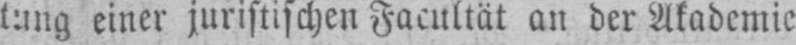
tung einer juristischen Facultät an der Akademie